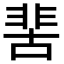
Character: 𩇵